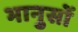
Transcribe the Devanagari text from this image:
भानुसों